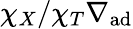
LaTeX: \chi_{X}/\chi_{T}\nabla_{\mathrm{ad}}